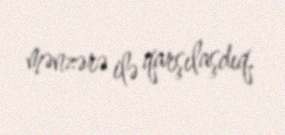
mənzərə ilə qarşılaşdıq.